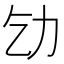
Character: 𠠶